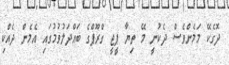
ދޮގެކޭ މަމެންވެސް ދެކުނީ މޭ ތިޔާ ޕީޖީ ގްރޫޕްގެ ބައްދަލުވުމުގައި އެމެން ދެއްކި